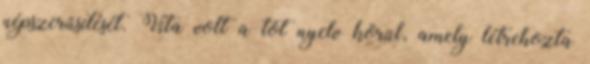
népszerűsítését. Vita volt a tót nyelv körül, amely létrehozta